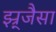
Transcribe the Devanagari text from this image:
झ्र्जैसा